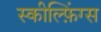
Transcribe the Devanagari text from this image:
स्कील्फ़िंग्स